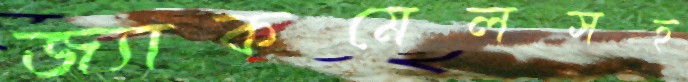
জ্যাকমেলসহ